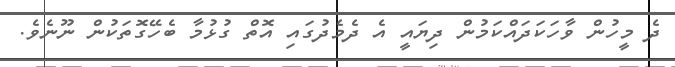
ދެ މީހުން ވާހަކަދައްކަމުން ދިޔައީ އެ ދެމެދުގައި އޮތް ގުޅުމާ ބެހޭގޮތަކުން ނޫނެވެ.